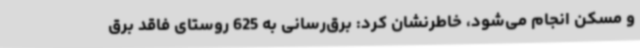
و مسکن انجام می‌شود، خاطرنشان کرد: برق‌رسانی به 625 روستای فاقد برق